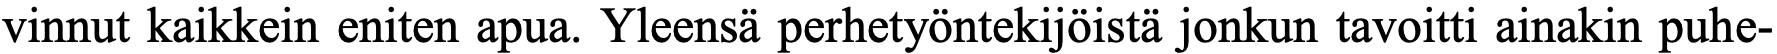
vinnut kaikkein eniten apua. Yleensä perhetyöntekijöistä jonkun tavoitti ainakin puhe-